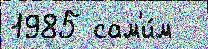
1985 сам'и́м